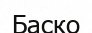
Баско